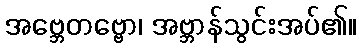
အဗ္ဘေတဗ္ဗော၊ အဗ္ဘာန်သွင်းအပ်၏။